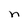
Character: n